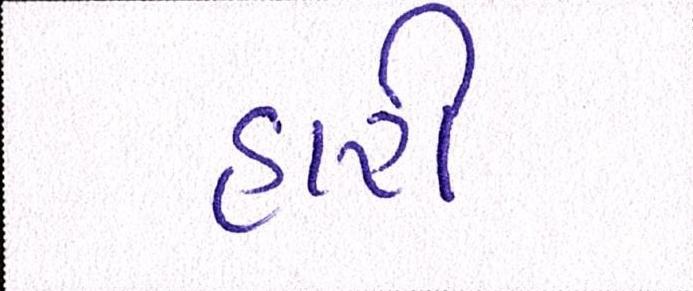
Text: હારી